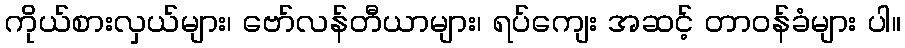
ကိုယ်စားလှယ်များ၊ ဗော်လန်တီယာများ၊ ရပ်ကျေး အဆင့် တာဝန်ခံများ ပါ။